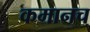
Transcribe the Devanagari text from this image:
कमानच